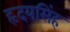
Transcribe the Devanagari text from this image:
हृदयसिंह